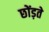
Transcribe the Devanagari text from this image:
छोंड़ते